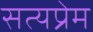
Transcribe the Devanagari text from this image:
सत्यप्रेम